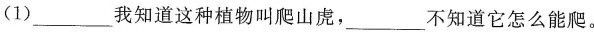
(1)___我知道这种植物叫爬山虎，___不知道它怎么能爬。